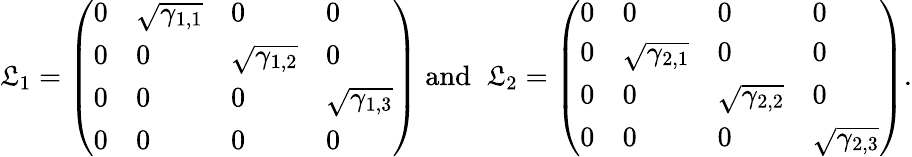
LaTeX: {\cal\mathfrak{L}}_{1}=\left(\begin{array}{llll}{0}&{\sqrt{\gamma_{1,1}}}&{0}&{0}\\ {0}&{0}&{\sqrt{\gamma_{1,2}}}&{0}\\ {0}&{0}&{0}&{\sqrt{\gamma_{1,3}}}\\ {0}&{0}&{0}&{0}\end{array}\right)\; \mathrm{{and}}\; \; {\cal\mathfrak{L}}_{2}=\left(\begin{array}{llll}{0}&{0}&{0}&{0}\\ {0}&{\sqrt{\gamma_{2,1}}}&{0}&{0}\\ {0}&{0}&{\sqrt{\gamma_{2,2}}}&{0}\\ {0}&{0}&{0}&{\sqrt{\gamma_{2,3}}}\end{array}\right).